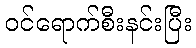
ဝင်ရောက်စီးနင်းပြီး